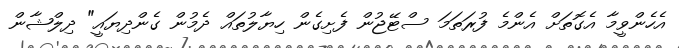
އެހެންވީމާ އެގޮތަށް އެންމެ ފުރަތަމަ ސްޓޭޖުން ފެށިގެން ހިޔާލުތައް ދެމުން ގެންދިޔައީ" ދިލްޝާން